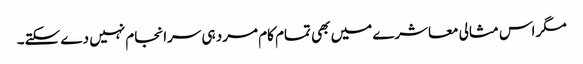
مگر اس مثالی معاشرے میں بھی تمام کام مرد ہی سرانجام نہیں دے سکتے۔